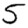
Digit: 5